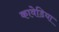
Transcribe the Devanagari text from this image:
कावेडिया